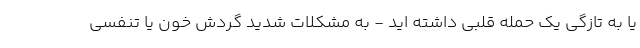
یا به تازگی یک حمله قلبی داشته اید - به مشکلات شدید گردش خون یا تنفسی